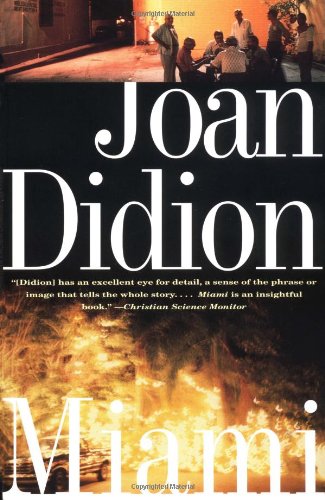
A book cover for Miami; Joan Didion; Travel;